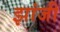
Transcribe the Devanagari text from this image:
झांजी